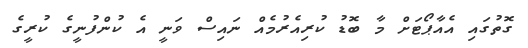
ގޮތުގައި އެއާޕޯޓަށް މާ ބޮޑު ކުރިއެރުމެއް ނައިސް ވަނީ އެ ކުންފުނީގެ ކުރީގެ